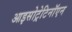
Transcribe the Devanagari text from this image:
आइसोट्रेटिनॉएन